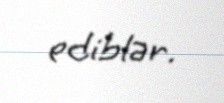
ediblər.